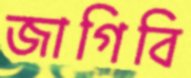
জাগিবি